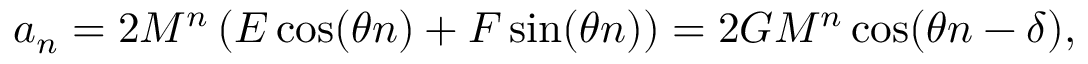
a _ { n } = 2 M ^ { n } \left( E \cos ( \theta n ) + F \sin ( \theta n ) \right) = 2 G M ^ { n } \cos ( \theta n - \delta ) ,